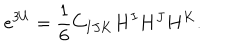
e ^ { 3 U } = { \frac { 1 } { 6 } } C _ { I J K } H ^ { I } H ^ { J } H ^ { K } .